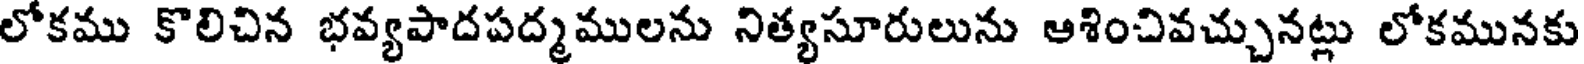
లోకము కొలిచిన భవ్యపాదపద్మములను నిత్యసూరులును ఆశించివచ్చునట్లు లోకమునకు